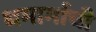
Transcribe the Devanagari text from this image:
धमार्माची